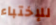
للإختباء